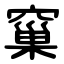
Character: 窼